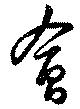
會